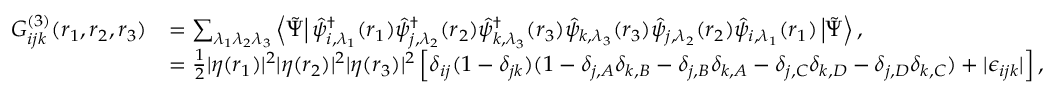
\begin{array} { r l } { G _ { i j k } ^ { ( 3 ) } ( \boldsymbol { r } _ { 1 } , \boldsymbol { r } _ { 2 } , \boldsymbol { r } _ { 3 } ) } & { = \sum _ { \lambda _ { 1 } \lambda _ { 2 } \lambda _ { 3 } } \left\langle \tilde { \Psi } \right| \hat { \psi } _ { i , \lambda _ { 1 } } ^ { \dagger } ( \boldsymbol { r } _ { 1 } ) \hat { \psi } _ { j , \lambda _ { 2 } } ^ { \dagger } ( \boldsymbol { r } _ { 2 } ) \hat { \psi } _ { k , \lambda _ { 3 } } ^ { \dagger } ( \boldsymbol { r } _ { 3 } ) \hat { \psi } _ { k , \lambda _ { 3 } } ( \boldsymbol { r } _ { 3 } ) \hat { \psi } _ { j , \lambda _ { 2 } } ( \boldsymbol { r } _ { 2 } ) \hat { \psi } _ { i , \lambda _ { 1 } } ( \boldsymbol { r } _ { 1 } ) \left| \tilde { \Psi } \right\rangle , } \\ & { = \frac { 1 } { 2 } | \eta ( \boldsymbol { r } _ { 1 } ) | ^ { 2 } | \eta ( \boldsymbol { r } _ { 2 } ) | ^ { 2 } | \eta ( \boldsymbol { r } _ { 3 } ) | ^ { 2 } \left[ \delta _ { i j } ( 1 - \delta _ { j k } ) ( 1 - \delta _ { j , A } \delta _ { k , B } - \delta _ { j , B } \delta _ { k , A } - \delta _ { j , C } \delta _ { k , D } - \delta _ { j , D } \delta _ { k , C } ) + | \epsilon _ { i j k } | \right] , } \end{array}